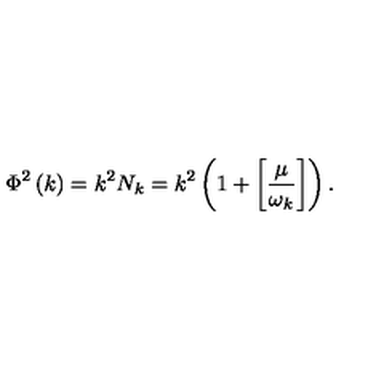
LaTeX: \Phi ^ { 2 } \left( k \right) = k ^ { 2 } N _ { k } = k ^ { 2 } \left( 1 + \left[ \frac { \mu } { \omega _ { k } } \right] \right) .